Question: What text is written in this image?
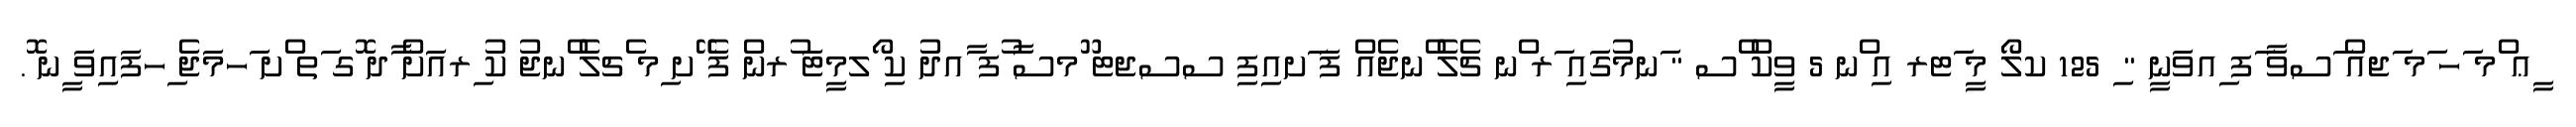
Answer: ީޢ ްމ ަހ ަމ ަޖއް ަސވާ ަފ ިއވަނީ " ި 125 ކލޯ މީ ަޓރ އި ްނ 5 ވީކް ްސ " ަނމުގައި ަރ ްނ ޗެލެ ްނޖެއް ފަ ަށއިފި ސސޖޓ ޫމސާ ުފ ާއދު ކި ޯލމީޓަ ުރން ފެ ޭށ ިމ ެޗލެ ްނޖު ކު ިރއަށް ާދ ޮގ ަތ ްށ ަހމަޖެ ިހފައިވަ ީނ ޮ.